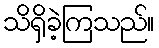
သိရှိခဲ့ကြသည်။